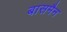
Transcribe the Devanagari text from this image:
बासमैन